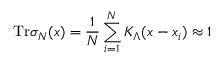
\mathrm { T r } \sigma _ { N } ( x ) = \frac { 1 } { N } \sum _ { i = 1 } ^ { N } K _ { \Lambda } ( x - x _ { i } ) \approx 1